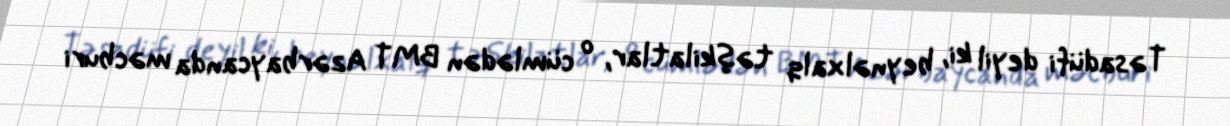
Təsadüfi deyil ki, beynəlxalq təşkilatlar, o cümlədən BMT Azərbaycanda məcburi